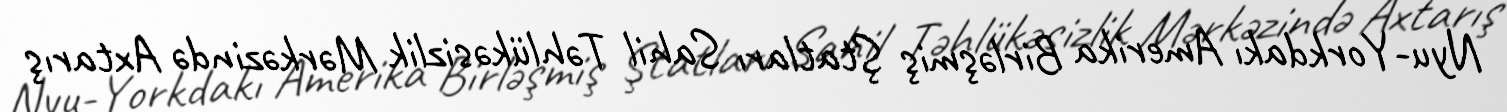
Nyu-Yorkdakı Amerika Birləşmiş Ştatları Sahil Təhlükəsizlik Mərkəzində Axtarış